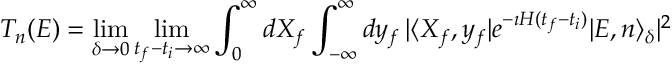
{ \cal T } _ { n } ( E ) = \operatorname * { l i m } _ { \delta \to 0 } \operatorname * { l i m } _ { t _ { f } - t _ { i } \to \infty } \int _ { 0 } ^ { \infty } d X _ { f } \int _ { - \infty } ^ { \infty } d y _ { f } \, \vert \langle X _ { f } , y _ { f } \vert e ^ { - \imath H ( t _ { f } - t _ { i } ) } \vert E , n \rangle _ { \delta } \vert ^ { 2 }